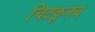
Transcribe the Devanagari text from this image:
चिटकूनच